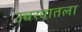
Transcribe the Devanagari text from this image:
उच्चरवातला